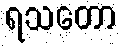
ရသတော